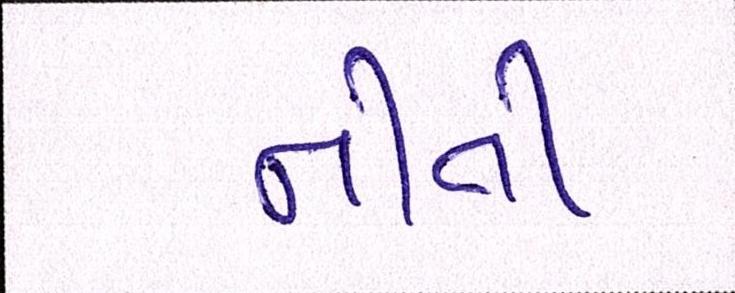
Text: નીતી